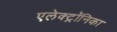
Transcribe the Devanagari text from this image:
एलेक्ट्रॉनिका